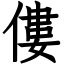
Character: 僂